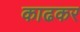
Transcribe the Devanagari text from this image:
काढकर